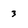
Character: 3